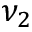
\nu _ { 2 }